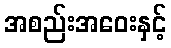
အစည်းအဝေးနှင့်